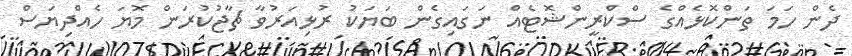
ދެން ހަމަ ތަންކޮޅެއްގެ ސްކްރީންޝޮޓެއް ނަގައިގެން ބަޔަކު ރުޅިއަރުވާ ޗާޖުކުރަން މޮޔަ ހެއްދިޔަސް